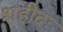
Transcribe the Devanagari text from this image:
शहीदः